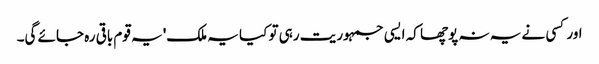
اور کسی نے یہ نہ پوچھا کہ ایسی جمہوریت رہی تو کیا یہ ملک' یہ قوم باقی رہ جائے گی۔